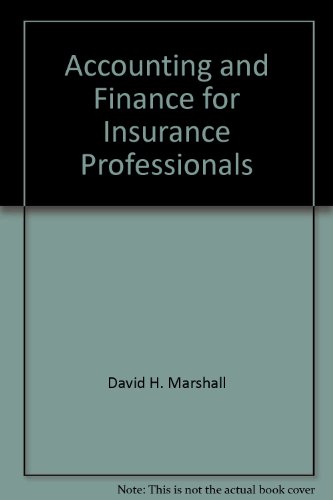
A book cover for Accounting and Finance for Insurance Professionals; Business & Money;